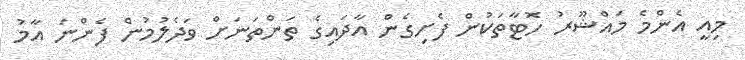
މިއީ އެންމެ މައްޝޫރު ހޮޓާތަކުން ފެށިގެން އާދައިގެ ތަންތަނަށް ވަދެލުމުން ފެންނަ އާމު